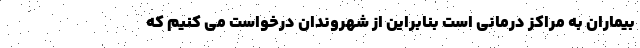
بیماران به مراکز درمانی است بنابراین از شهروندان درخواست می کنیم که